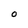
Character: O